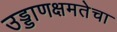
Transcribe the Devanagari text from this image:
उड्डाणक्षमतेचा